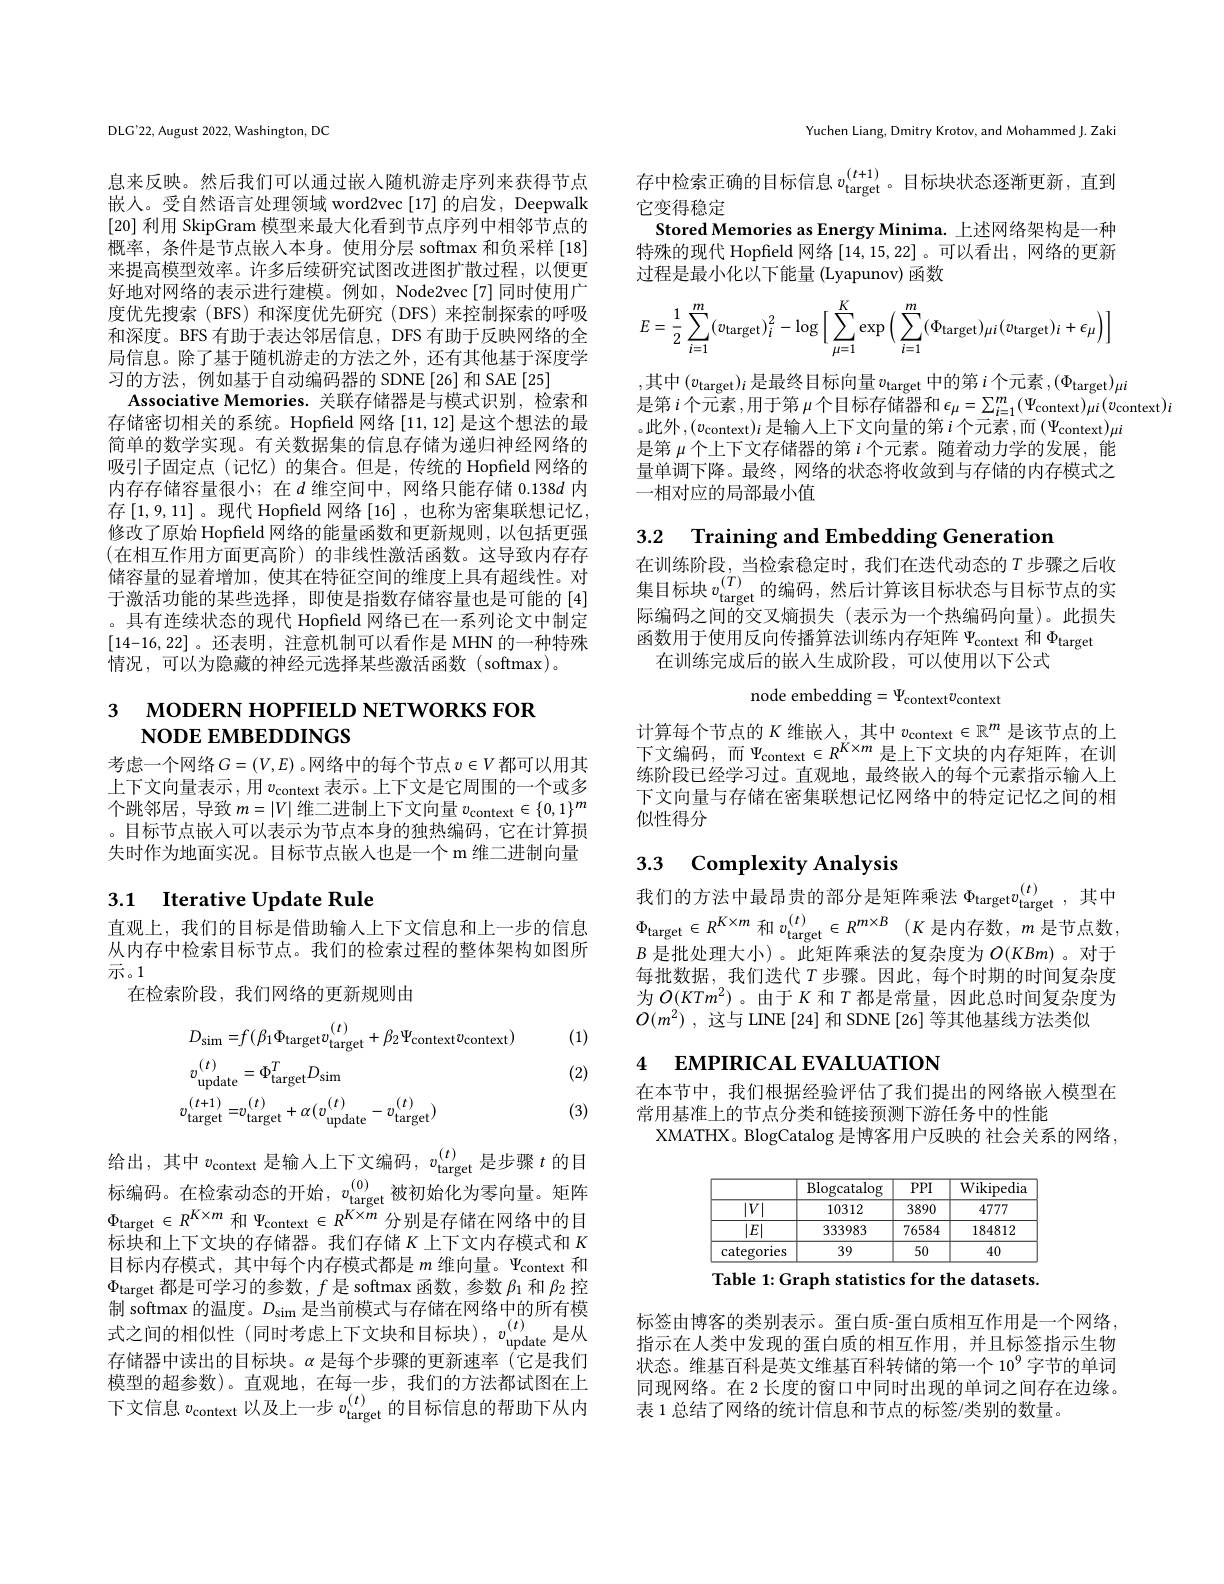
DLG'22, August 2022, Washington, DC

息来反映。然后我们可以通过嵌入随机游走序列来获得节点嵌人。受自然语言处理领域 word2vec [17] 的启发，Deepwalk [20]利用 SkipGram 模型来最大化看到节点序列中相邻节点的概率，条件是节点嵌入本身。使用分层 softmax 和负采样 [18] 来提高模型效率。许多后续研究试图改进图扩散过程，以便更好地对网络的表示进行建模。例如，Node2vec[7]同时使用广度优先搜索(BFS)和深度优先研究(DFS)来控制探索的呼吸和深度。BFS 有助于表达邻居信息，DFS 有助于反映网络的全局信息。除了基于随机游走的方法之外，还有其他基于深度学习的方法，例如基于自动编码器的 SDNE[26] 和 SAE[25]
Associative Memories. 关联存储器是与模式识别，检索和存储密切相关的系统。Hopfield 网络[11,12]是这个想法的最简单的数学实现。有关数据集的信息存储为递归神经网络的吸引子固定点(记忆)的集合。但是，传统的 Hopfield 网络的内存存储容量很小；在$d$ 维空间中，网络只能存储 0.138$d$ 内存$\left[1,9,11\right]$。现代 Hopfield 网络$\left[16\right]$, 也称为密集联想记忆， 修改了原始 Hopfield 网络的能量函数和更新规则，以包括更强(在相互作用方面更高阶)的非线性激活函数。这导致内存存储容量的显着增加，使其在特征空间的维度上具有超线性。对于激活功能的某些选择，即使是指数存储容量也是可能的[4] 。具有连续状态的现代 Hopfield 网络已在一系列论文中制定[14-16,22]。还表明，注意机制可以看作是 MHN 的一种特殊情况，可以为隐藏的神经元选择某些激活函数(softmax)。

# 3 мореку норғIELD NETWORKS FOR NODE EMBEDDINGS

考虑一个网络$G=(V,E)$。网络中的每个节点$v\in V$都可以用其上下文向量表示，用$v_\mathrm{context}$表示。上下文是它周围的一个或多个跳邻居，导致$m=|V|$维二进制上下文向量$v_\mathrm{context}\in\{0,1\}^m$ 。目标节点嵌入可以表示为节点本身的独热编码，它在计算损失时作为地面实况。目标节点嵌人也是一个 m 维二进制向量

## 3.1 $\textbf{Iterative Update Rule}$

直观上，我们的目标是借助输入上下文信息和上一步的信息从内存中检索目标节点。我们的检索过程的整体架构如图所示。1
在检索阶段，我们网络的更新规则由

(1)

(2)
$$\begin{aligned}&D_{\mathrm{sim}}=f(\beta_{1}\Phi_{\mathrm{target}}v_{\mathrm{target}}^{(t)}+\beta_{2}\Psi_{\mathrm{context}}v_{\mathrm{context}})\\&v_{\mathrm{update}}^{(t)}=\Phi_{\mathrm{target}}^{T}D_{\mathrm{sim}}\\&v_{\mathrm{target}}^{(t+1)}=v_{\mathrm{target}}^{(t)}+\alpha(v_{\mathrm{update}}^{(t)}-v_{\mathrm{target}}^{(t)})\end{aligned}$$
(3)

给出，其中$v_\mathrm{context}$是输入上下文编码$,v_\mathrm{target}^{(t)}$是步骤$t$ 的目标编码。在检索动态的开始，$v_\mathrm{target}^{(0)}$被初始化为零向量。矩阵$\Phi_{\mathrm{target}}\in R^{K\times m}$和$\Psi_\mathrm{context}\in R^{K\times m}$分别是存储在网络中的目标块和上下文块的存储器。我们存储$K$ 上下文内存模式和 $K$ 目标内存模式，其中每个内存模式都是$m$维向量。$\Psi_\mathrm{context}$和$\Phi_{\text{target 都是可学习的参数，}f\text{是 softmax 函数，参数 }\beta_1\text{ 和 }\beta_2}$控制 softmax 的温度。$D_\mathrm{sim}$是当前模式与存储在网络中的所有模式之间的相似性(同时考虑上下文块和目标块),$v_\mathrm{update}^{(t)}$是从存储器中读出的目标块。$\alpha$是每个步骤的更新速率(它是我们模型的超参数)。直观地，在每一步，我们的方法都试图在上下文信息$v_\mathrm{context}$以及上一步 $v_\mathrm{target}^{(t)}$的目标信息的帮助下从内

Yuchen Liang, Dmitry Krotov, and Mohammed J. Zaki

存中检索正确的目标信息$v_\mathrm{target}^{(t+1)}$。目标块状态逐渐更新，直到
它变得稳定
Stored Memories as Energy Minima. 上述网络架构是一种特殊的现代 Hopfield 网络[14,15,22]。可以看出，网络的更新过程是最小化以下能量(Lyapunov) 函数
$$E=\frac{1}{2}\sum_{i=1}^{m}(v_{\mathrm{target}})_{i}^{2}-\log\Big[\sum_{\mu=1}^{K}\exp\Big(\sum_{i=1}^{m}(\Phi_{\mathrm{target}})_{\mu i}(v_{\mathrm{target}})_{i}+\epsilon_{\mu}\Big)\Big]$$
,其中$(v_\mathrm{target})_i$是最终目标向量$v_\mathrm{target}$中的第$i$个元素$,(\Phi_\mathrm{target})\mu$
是 第 $i$ 个 元 素 ,用 于 第 $\mu$ 个 目 标 存 储 器 和 $\epsilon _{\mu }= \sum _{i= 1}^{m}( \Psi _{\mathrm{context}}) \mu i( v_{\mathrm{context}}) i$
。此外，$(v_\mathrm{context})_i$是输人上下文向量的第$i$个元素，而$(\Psi_\mathrm{context})_\mu i$ 是第$\mu$个上下文存储器的第$i$个元素。随着动力学的发展，能量单调下降。最终，网络的状态将收敛到与存储的内存模式之一相对应的局部最小值

3.2 Training and Embedding Generation

在训练阶段，当检索稳定时，我们在迭代动态的$T$步骤之后收集目标块$v_\mathrm{target}^{(T)}$的编码，然后计算该目标状态与目标节点的实$w=c_1,v_2=v_2=v_3$ 际编码之间的交叉熵损失(表示为一个热编码向量)。此损失的 城 市 方 公 司 的 人 人 的 政 策 (公 州 ) 函 数 用 于 使 用 反 向 传 播 算 法 训 练 内 存 矩 阵 $\Psi _{\mathrm{context}}$和 $\Phi _{\mathrm{target}}$ 女 训 练 它 中 已 的 出 了 此 中 队 瓦 =可 以 生 田 以 下 八 十 一
在训练完成后的嵌人生成阶段，可以使用以下公式

node embedding$=\Psi_\mathrm{context}v_\mathrm{context}$

计算每个节点的$K$维嵌入，其中$v_\mathrm{context}\in\mathbb{R}^m$是该节点的上下文编码，而$\Psi_\mathrm{context}\in R^{K\times m}$是上下文块的内存矩阵，在训练阶段已经学习过。直观地，最终嵌入的每个元素指示输人上下文向量与存储在密集联想记忆网络中的特定记忆之间的相似性得分

## 3.3 Complexity Analysis 我们的方法中最昂贵的部分是矩阵乘法 $\Phi_\mathrm{target}v_\mathrm{target}^{(t)}$,其中

$\Phi_{\mathrm{target}}\in R^{K\times m}$和$v_\mathrm{target}^{( t) }\in R^{m\times B}$ $( K$是内存数，$m$是节点数， $B$是批处理大小)。此矩阵乘法的复杂度为$O(KBm)$ 。对于每批数据，我们迭代$T$步骤。因此，每个时期的时间复杂度为$O(KTm^{2})$ 。由于$K$和$T$都是常量，因此总时间复杂度为$O(m^2)$ ,这与 LINE [24] 和 SDNE [26] 等其他基线方法类似

# 4 EMPIRICAL EVALUATION

在本节中，我们根据经验评估了我们提出的网络嵌入模型在
常用基准上的节点分类和链接预测下游任务中的性能
XMATHX。BlogCatalog 是博客用户反映的 社会关系的网络，

<table>
	<tbody>
		<tr>
			<th> </th>
			<th>$\operatorname{Blogcatalog}$</th>
			<th>$PPI$</th>
			<th>Wikipedia</th>
		</tr>
		<tr>
			<td>$\overline{|V|}$</td>
			<td>10312</td>
			<td>3890</td>
			<td>4777</td>
		</tr>
		<tr>
			<td>$|E|$</td>
			<td>333983</td>
			<td>76584</td>
			<td>184812</td>
		</tr>
		<tr>
			<td>categories</td>
			<td>39</td>
			<td>50</td>
			<td>40</td>
		</tr>
	</tbody>
</table>
Table 1: Graph statistics for the datasets.

标签由博客的类别表示。蛋白质-蛋白质相互作用是一个网络， 指示在人类中发现的蛋白质的相互作用，并且标签指示生物状态。维基百科是英文维基百科转储的第一个 10$^{9}$字节的单词同现网络。在 2 长度的窗口中同时出现的单词之间存在边缘。表 1 总结了网络的统计信息和节点的标签/类别的数量。